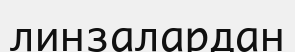
линзалардан